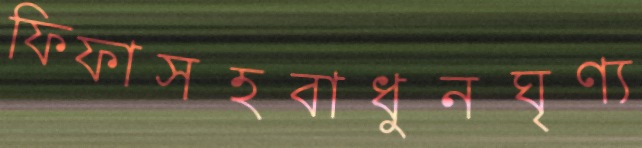
ফিফাসহবাধুনঘৃণ্য